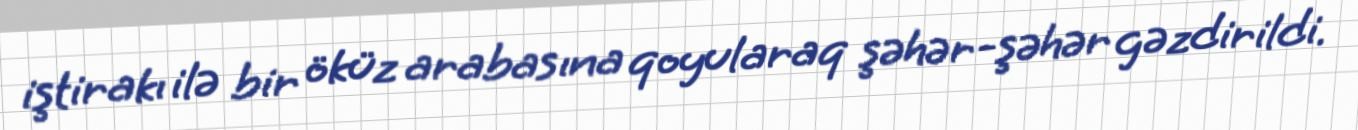
iştirakı ilə bir öküz arabasına qoyularaq şəhər-şəhər gəzdirildi.